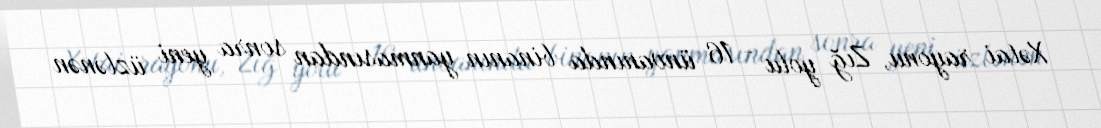
Xətai rayonu, Zığ yolu - 16 ünvanında binanın yanmasından sonra yeni üzlənən